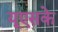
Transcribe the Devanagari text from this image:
यूएसके